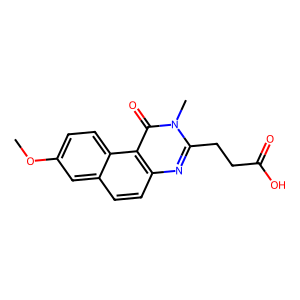
SMILES: COc1ccc2c(ccc3nc(CCC(=O)O)n(C)c(=O)c32)c1
Inhibits HIV replication: No